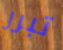
تبرر